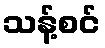
သန့်စင်